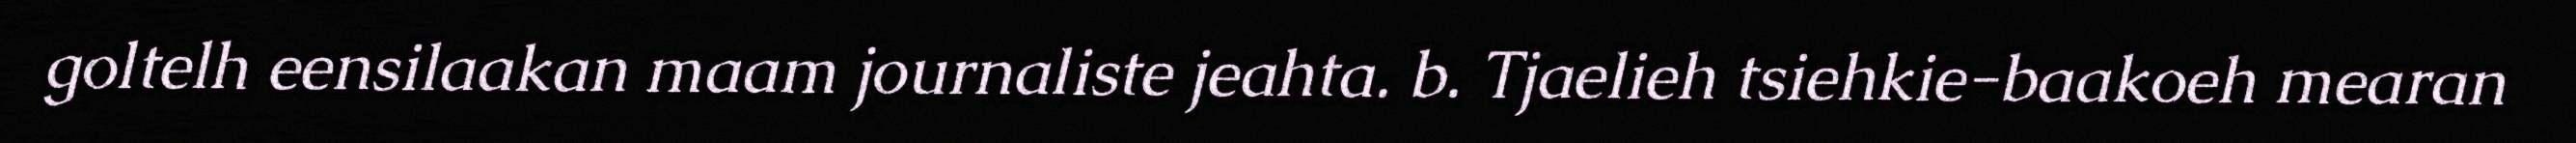
goltelh eensilaakan maam journaliste jeahta. b. Tjaelieh tsiehkie-baakoeh mearan